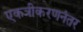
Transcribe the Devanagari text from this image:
एकत्रीकरणनंतर